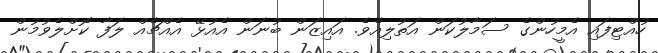
ހުއްޓިފައި އެމީހުންގެ ސަމާލުކަން އަތުލިއެވެ. އައިޒަން ބުނަން އެއުޅޭ އެއްޗެއް ލަފާ ކޮށްލެވުމުން